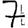
Digit: 7